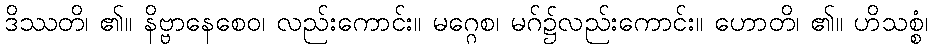
ဒိဿတိ၊ ၏။ နိဗ္ဗာနေစေဝ၊ လည်းကောင်း။ မဂ္ဂေစ၊ မဂ်၌လည်းကောင်း။ ဟောတိ၊ ၏။ ဟိသစ္စံ၊